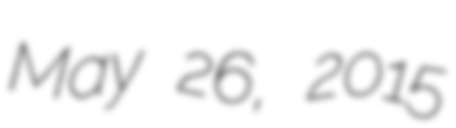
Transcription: May 26, 2015